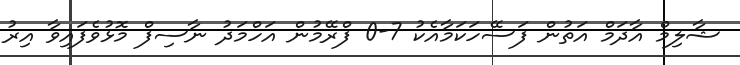
ޝާލިމް އާދަމް އަތުން ފަސޭހަކަމާއެކު 7-0 ފްރޭމުން އަހްމަދު ނާސިފް މޮޅުވެފައިވާ އިރު